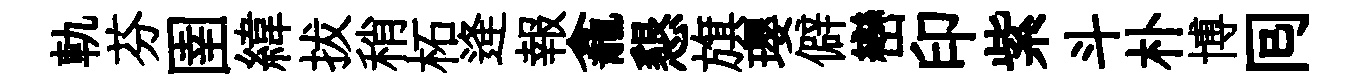
軌芬圉緯拔稍柘逄報龕懇旗瓔僻巒印紫斗朴博囘